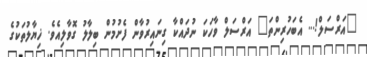
"އަރްސަލް!... އެބަހުރިންތަ" އަރްސަލް ވާހަކަ ނުދައްކާ ގިނައިރުވާން ފެށުމުން ބިލާލު ގޮވާލިއެވެ. ޚިޔާލުތަކުގެ